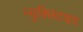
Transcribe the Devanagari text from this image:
न्युक्लिटाइड